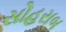
સોહરાબ